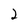
Character: 2